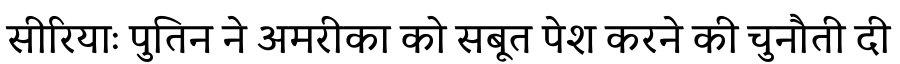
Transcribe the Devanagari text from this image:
सीरियाः पुतिन ने अमरीका को सबूत पेश करने की चुनौती दी